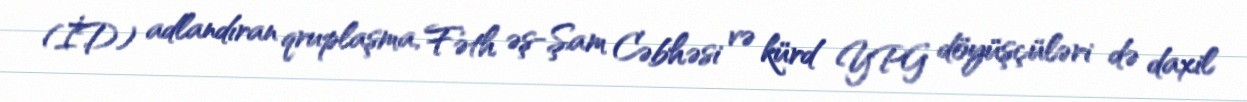
(İD) adlandıran qruplaşma, Fəth əş-Şam Cəbhəsi və kürd YPG döyüşçüləri də daxil